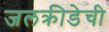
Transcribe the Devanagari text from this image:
जलक्रीडेची